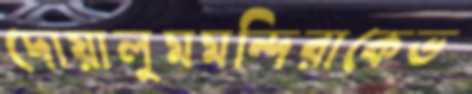
দোয়ালুমমন্দিরাকেভ